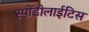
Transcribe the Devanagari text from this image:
स्पोंडोलाईटिस